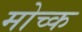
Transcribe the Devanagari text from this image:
मोच्क